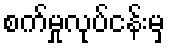
စက်မှုလုပ်ငန်းမှ